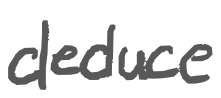
Text: deduce
Cross-out: clean
Writing tool: digital_gray